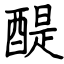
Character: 醍